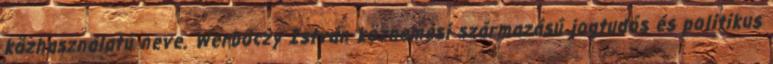
közhasználatú neve. Werbőczy István köznemesi származású jogtudós és politikus